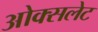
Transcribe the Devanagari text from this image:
ओक्सलेट